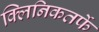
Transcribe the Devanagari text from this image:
क्‍लिनिकतर्फे